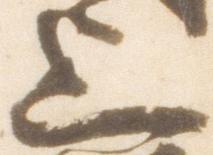
上